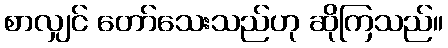
စာလျှင် တော်သေးသည်ဟု ဆိုကြသည်။